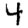
Digit: 4